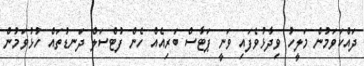
ދައްކަވަމުން މަލީހު ވިދާޅުވެފައި ވަނީ ޕަޓާސް ބަރިއެއް ހެން ފުޓްސަލް ދަނޑުތައް ހުޅުވަމުން